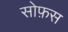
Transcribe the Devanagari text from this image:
सोफ़स